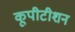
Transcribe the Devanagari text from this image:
कूपीटीशन